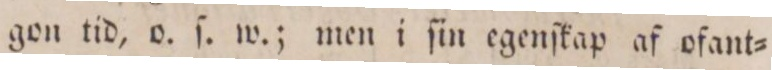
gon tid, o. ſ. w.; men i ſin egenſkap af ofant=